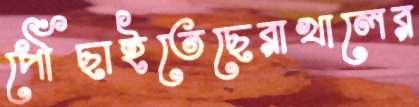
পৌঁছাইতেছেরাখালের